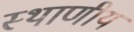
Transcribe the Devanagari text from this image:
स्थाणीय